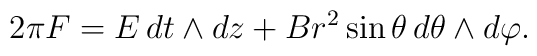
2\pi F=E\,dt\land dz+Br^2\sin\theta\,d\theta\land d\varphi.